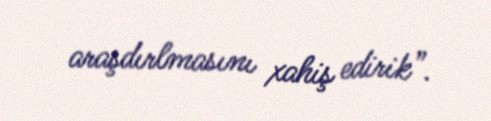
araşdırlmasını xahiş edirik”.